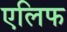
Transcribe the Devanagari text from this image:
एलिफ